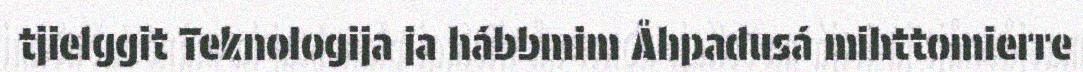
tjielggit Teknologija ja hábbmim Åhpadusá mihttomierre